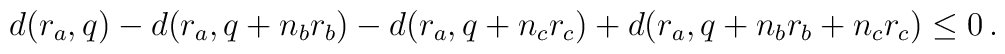
d(r_a,q)-d(r_a,q+n_br_b)-d(r_a,q+n_cr_c)+d(r_a,q+n_br_b+n_cr_c)\leq0\,.